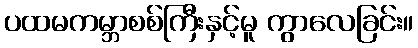
ပထမကမ္ဘာစစ်ကြီးနှင့်မူ ကွာလေခြင်း။